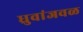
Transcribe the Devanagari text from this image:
ध्रुवांजवळ